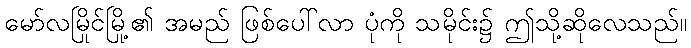
မော်လမြိုင်မြို့၏ အမည် ဖြစ်ပေါ်လာ ပုံကို သမိုင်း၌ ဤသို့ဆိုလေသည်။